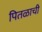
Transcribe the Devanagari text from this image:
पितळाची